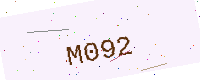
Text: M092